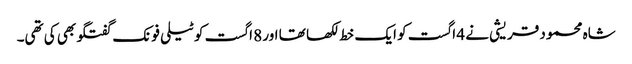
شاہ محمود قریشی نے 4 اگست کو ایک خط لکھا تھا اور 8 اگست کو ٹیلی فونک گفتگو بھی کی تھی۔